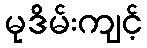
မုဒိမ်းကျင့်